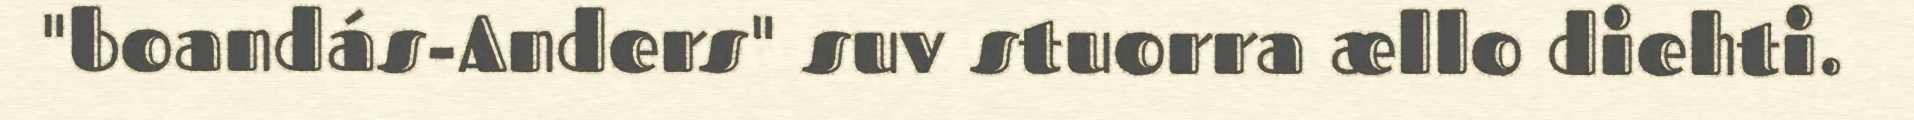
"boandás-Anders" suv stuorra ællo diehti.